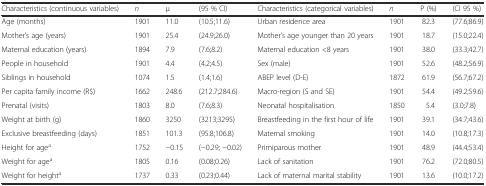
<table><thead><tr><td><b>Characteristics (continuous variables)</b></td><td><b><i>n</i></b></td><td><b>μ</b></td><td><b>(95 % CI)</b></td><td><b>Characteristics (categorical variables)</b></td><td><b><i>n</i></b></td><td><b>P (%)</b></td><td><b>(CI 95 %)</b></td></tr></thead><tbody><tr><td>Age (months)</td><td>1901</td><td>11.0</td><td>(10.5;11.6)</td><td>Urban residence area</td><td>1901</td><td>82.3</td><td>(77.6;86.9)</td></tr><tr><td>Mother’s age (years)</td><td>1901</td><td>25.4</td><td>(24.9;26.0)</td><td>Mother’s age younger than 20 years</td><td>1901</td><td>18.7</td><td>(15.0;22.4)</td></tr><tr><td>Maternal education (years)</td><td>1894</td><td>7.9</td><td>(7.6;8.2)</td><td>Maternal education &lt;8 years</td><td>1901</td><td>38.0</td><td>(33.3;42.7)</td></tr><tr><td>People in household</td><td>1901</td><td>4.4</td><td>(4.2;4.5)</td><td>Sex (male)</td><td>1901</td><td>52.6</td><td>(48.2;56.9)</td></tr><tr><td>Siblings in household</td><td>1074</td><td>1.5</td><td>(1.4;1.6)</td><td>ABEP level (D-E)</td><td>1872</td><td>61.9</td><td>(56.7;67.2)</td></tr><tr><td>Per capita family income (R$)</td><td>1662</td><td>248.6</td><td>(212.7;284.6)</td><td>Macro-region (S and SE)</td><td>1901</td><td>54.4</td><td>(49.2;59.6)</td></tr><tr><td>Prenatal (visits)</td><td>1803</td><td>8.0</td><td>(7.6;8.3)</td><td>Neonatal hospitalisation</td><td>1850</td><td>5.4</td><td>(3.0;7.8)</td></tr><tr><td>Weight at birth (g)</td><td>1860</td><td>3250</td><td>(3213;3295)</td><td>Breastfeeding in the first hour of life</td><td>1901</td><td>39.1</td><td>(34.7;43.6)</td></tr><tr><td>Exclusive breastfeeding (days)</td><td>1851</td><td>101.3</td><td>(95.8;106.8)</td><td>Maternal smoking</td><td>1901</td><td>14.0</td><td>(10.8;17.3)</td></tr><tr><td>Height for age<sup>a</sup></td><td>1752</td><td>−0.15</td><td>(−0.29; −0.02)</td><td>Primiparous mother</td><td>1901</td><td>48.9</td><td>(44.4;53.4)</td></tr><tr><td>Weight for age<sup>a</sup></td><td>1805</td><td>0.16</td><td>(0.08;0.26)</td><td>Lack of sanitation</td><td>1901</td><td>76.2</td><td>(72.0;80.5)</td></tr><tr><td>Weight for height<sup>a</sup></td><td>1737</td><td>0.33</td><td>(0.23;0.44)</td><td>Lack of maternal marital stability</td><td>1901</td><td>13.6</td><td>(10.0;17.2)</td></tr></tbody></table>